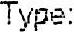
TYPE: